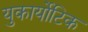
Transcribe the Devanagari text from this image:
युकार्योटिक